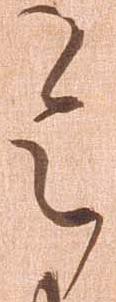
令